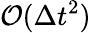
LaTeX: \mathcal{O}(\Delta t^{2})